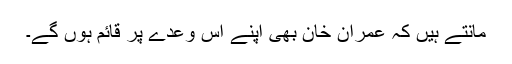
مانتے ہیں کہ عمران خان بھی اپنے اس وعدے پر قائم ہوں گے۔